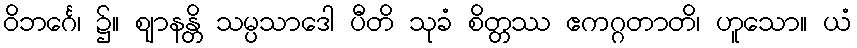
ဝိဘင်္ဂေ၊ ၌။ ဈာနန္တိ သမ္ပသာဒေါ ပီတိ သုခံ စိတ္တဿ ဧကဂ္ဂတာတိ၊ ဟူသော။ ယံ